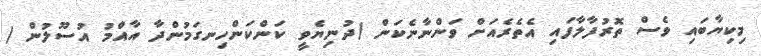
މިކިޔާބައި ވެސް ތޮރުފާލާފައި އެތެރެއަށް ވަންނާނެކަން (ދުނިޔެވީ ކަންކަންހިނގަމުންދާ އާއްމު އުސޫލުން )